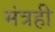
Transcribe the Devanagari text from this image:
मंत्रही